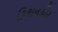
કિશનકૌર